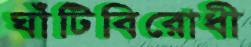
ঘাঁটিবিরোধী